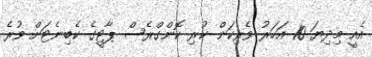
އެއީ މިދިޔަ 10 އަހަރު ވެރިކަން ކުރި ކޮންގްރެސް ޕާޓީގެ ކެބިނެޓަށް ވުރެ